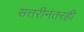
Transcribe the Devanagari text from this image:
सत्तरीनंतरही